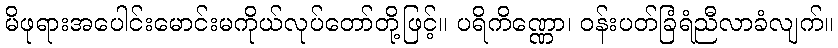
မိဖုရားအပေါင်းမောင်းမကိုယ်လုပ်တော်တို့ဖြင့်။ ပရိကိဏ္ဏော၊ ဝန်းပတ်ခြံရံညီလာခံလျက်။